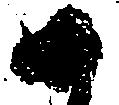
如